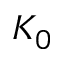
K _ { 0 }